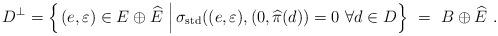
LaTeX: \begin{align*}D^\perp=\left\{\left.\left(e,\varepsilon\right)\in E\oplus\widehat{E}\ \right|\sigma_\mathrm{std}((e,\varepsilon),(0,\widehat{\pi}(d))=0\ \forall d\in D\right\}\ =\ B\oplus\widehat{E}\ .\end{align*}